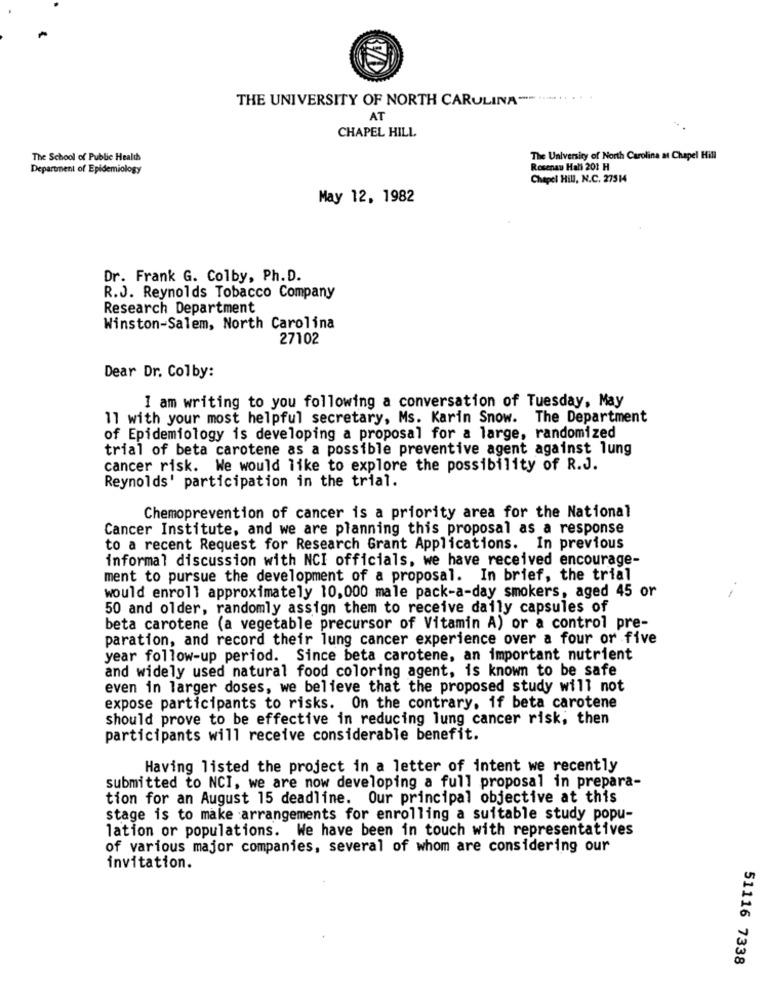
THE UNIVERSITY OF NORTH CAROLINA --..........
AT
CHAPEL HILL
The School of Public Health
The University of North Carolina at Chapel Hill
Department of Epidemiology
Rosenau Hall 201 H
Chapel Hill, N.C. 27514
May 12, 1982
Dr. Frank G. Colby, Ph.D.
R.J. Reynolds Tobacco Company
Research Department
Winston-Salem, North Carolina
27102
Dear Dr. Colby:
I am writing to you following a conversation of Tuesday, May
11 with your most helpful secretary, Ms. Karin Snow. The Department
of Epidemiology is developing a proposal for a large, randomized
trial of beta carotene as a possible preventive agent against lung
cancer risk. We would like to explore the possibility of R.J.
Reynolds' participation in the trial.
Chemoprevention of cancer is a priority area for the National
Cancer Institute, and we are planning this proposal as a response
to a recent Request for Research Grant Applications. In previous
informal discussion with NCI officials, we have received encourage-
ment to pursue the development of a proposal. In brief, the trial
would enroll approximately 10,000 male pack-a-day smokers, aged 45 or
50 and older, randomly assign them to receive daily capsules of
beta carotene (a vegetable precursor of Vitamin A) or a control pre-
paration, and record their lung cancer experience over a four or five
year follow-up period. Since beta carotene, an important nutrient
and widely used natural food coloring agent, is known to be safe
even in larger doses, we believe that the proposed study will not
expose participants to risks. On the contrary, if beta carotene
should prove to be effective in reducing lung cancer risk, then
participants will receive considerable benefit.
Having listed the project in a letter of intent we recently
submitted to NCI, we are now developing a full proposal in prepara-
tion for an August 15 deadline. Our principal objective at this
stage is to make arrangements for enrolling a suitable study popu-
lation or populations. We have been in touch with representatives
of various major companies, several of whom are considering our
invitation.
51116 7338